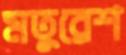
মতুরেশ